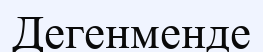
Дегенменде